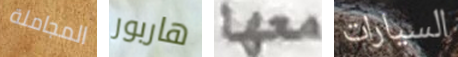
المجاملة هاربور معها السيارات